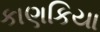
કાણકિયા